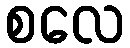
စလေ